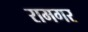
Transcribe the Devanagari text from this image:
रामगर